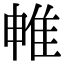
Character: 𨾡